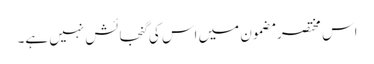
اس مختصر مضمون میں اس کی گنجائش نہیں ہے۔